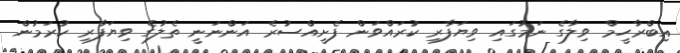
އިބްރާހީމް ވިލާގެ ނަމުގައި ވިޔަފާރި ކުރައްވަން ފެށީއްސުރެ އަންނަނީ ތެލުގެ ވިޔަފާރި ކުރަމުން